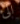
الى